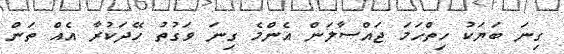
ގިނަ ބަޔަކު ހިތްހަމަ ޖައްސާލަން އެންމެ ގިނަ ވަގުތު ހޭދަކުރާ އެއް ތަން